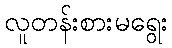
လူတန်းစားမရွေး